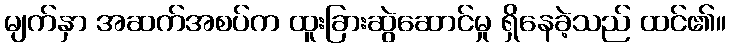
မျက်နှာ အဆက်အစပ်က ထူးခြားဆွဲဆောင်မှု ရှိနေခဲ့သည် ထင်၏။